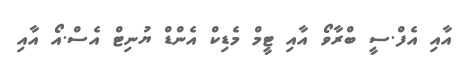
އާއި އެފް.ސީ ބްރާވޯ އާއި ޓީމް މެޑިކް އެންޑް ޔުނިޓް އެސް.އޯ އާއި